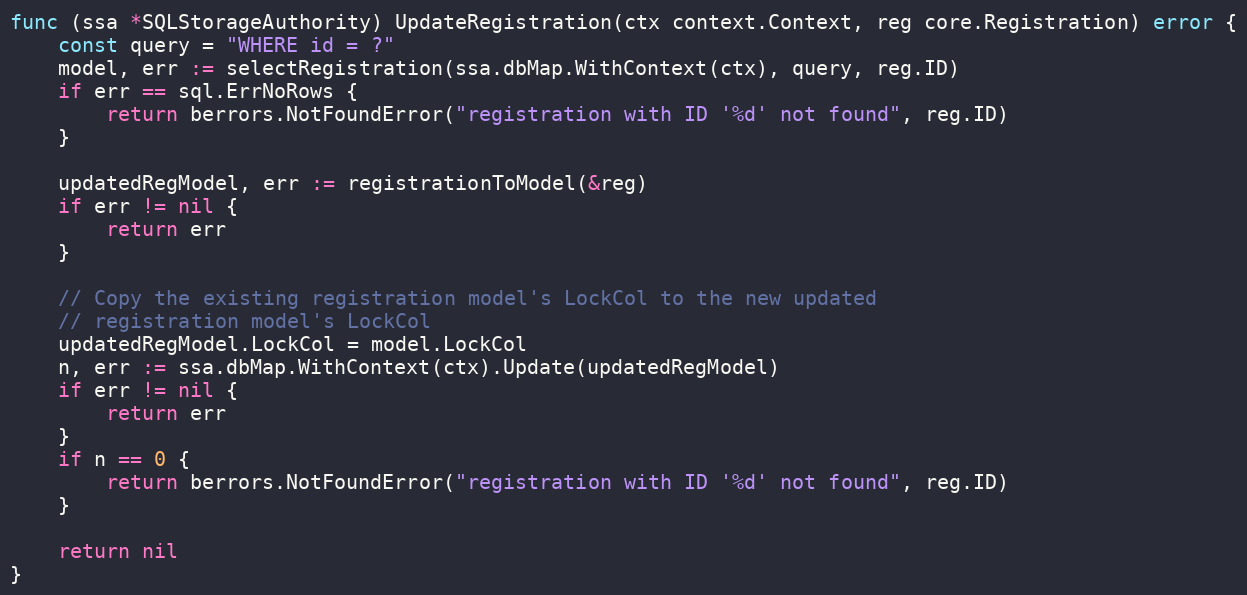
Language: Go
func (ssa *SQLStorageAuthority) UpdateRegistration(ctx context.Context, reg core.Registration) error {
	const query = "WHERE id = ?"
	model, err := selectRegistration(ssa.dbMap.WithContext(ctx), query, reg.ID)
	if err == sql.ErrNoRows {
		return berrors.NotFoundError("registration with ID '%d' not found", reg.ID)
	}

	updatedRegModel, err := registrationToModel(&reg)
	if err != nil {
		return err
	}

	// Copy the existing registration model's LockCol to the new updated
	// registration model's LockCol
	updatedRegModel.LockCol = model.LockCol
	n, err := ssa.dbMap.WithContext(ctx).Update(updatedRegModel)
	if err != nil {
		return err
	}
	if n == 0 {
		return berrors.NotFoundError("registration with ID '%d' not found", reg.ID)
	}

	return nil
}